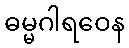
ဓမ္မဂါရဝေန